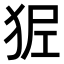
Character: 𤝺